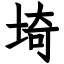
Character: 埼